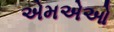
એમએઓ